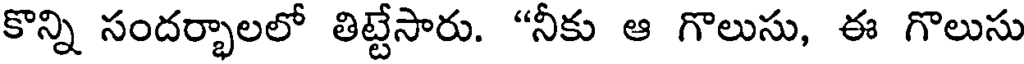
కొన్ని సందర్భాలలో తిట్టేసారు. "నీకు ఆ గొలుసు, ఈ గొలుసు